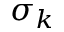
\sigma _ { k }